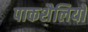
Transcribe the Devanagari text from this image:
पाकशैलियों